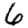
Digit: 6